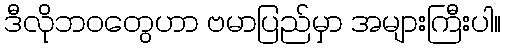
ဒီလိုဘဝတွေဟာ ဗမာပြည်မှာ အများကြီးပါ။